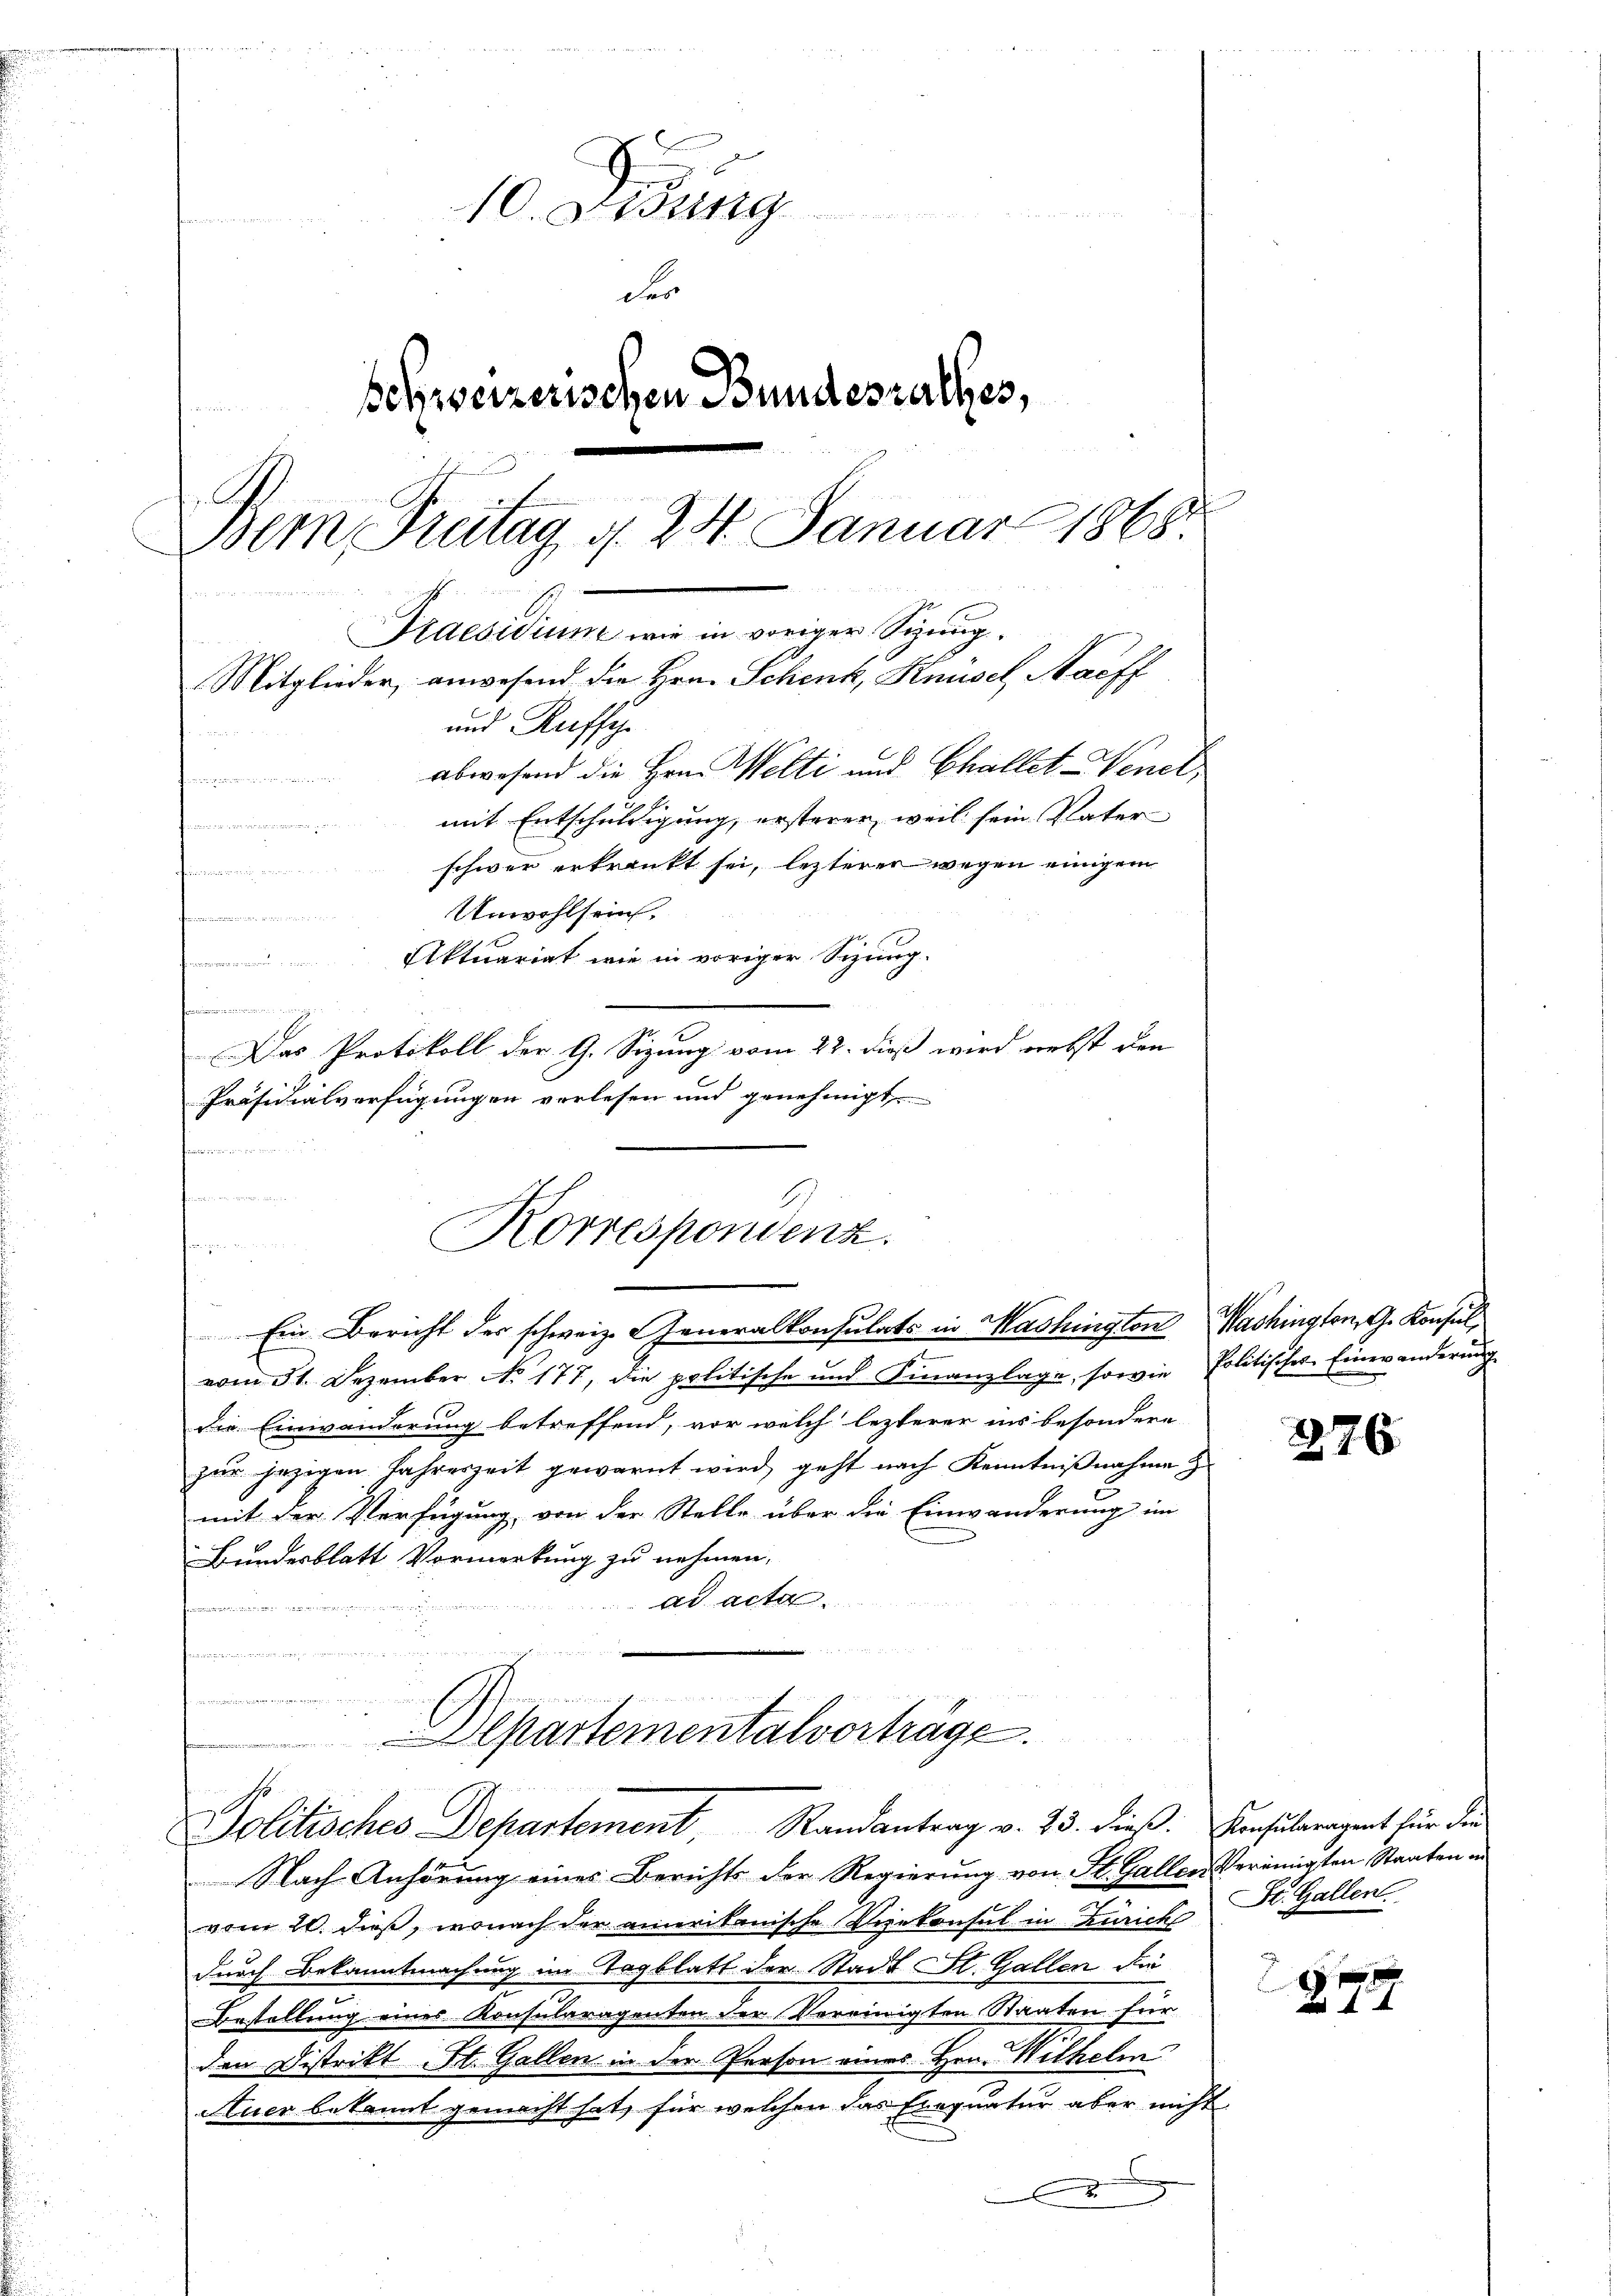
10. Diebung
der
schweizerischen Bundesrathes,
Bemn Freitag, d. 24. Januar 1868.
Gruendium in in wenigen Störung.
Mitglieder, anwesend die Hrn. Schenk, Knüsel Saeff
und Ruffh
abwesend die Hrn. Welti und Challet Venel,
m
mit Entschuldigung, ersteren, weil sein Vater
forden der einen wir die keine an die es
schwer erkrankt sei, lezterer wegen einigem

dinnern, von ein
Unwohlsein.
Ein Bericht der schweiz. Generalkonsulats in Washington Washington, G. Konsulvom 31. Dezember No. 177, die politische und Finanzlage, sowie Politisches Einwanderung
die Einwanderung betreffend, vor welch lezterer ins besondere
zur jezigen Jahreszeit gewarnt wird, geht nach Kenntnißnahme z
mit der Verfügung, von der Stelle über die Einwanderung im
Bundesblatt Vormerkung zu nehmen.
ad acta.
e
un

lpartementalvorträge.
2
Politisches Departement, Randantrag v. 23. dieß. Konsuleragent für die
Nach Anhörung eines Berichts der Regierŭng von St. Galler Vereinigten Staaten in
vom 20. dieß, wonach der amerikanische Vernkonsul in Zürich
durch Bekanntmachung im Tagblatt der Stadt St. Gallen die
Bestellung eines Konsularagenten der Vereinigten Staaten für
den Distrikt St. Gallen in der Person eines Hrn. Wilhelm
Auer bekannt gemacht hat, für welchen das Einquatur aber nicht
x

Aktuariat wie in voriger Sitzung.
¬
t
Das Protokoll der G. Sizung vom 22. dieß wird nebst den
Präsidialverfügungen verlesen und genehmigt
frais in

Korrespondenz.
den

276

St. Gallen.

G. 777